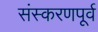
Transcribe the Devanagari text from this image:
संस्करणपूर्व